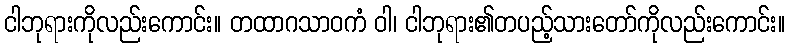
ငါဘုရားကိုလည်းကောင်း။ တထာဂသာဝကံ ဝါ၊ ငါဘုရား၏တပည့်သားတော်ကိုလည်းကောင်း။